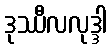
ဒုဿီလလုဒ္ဒါ